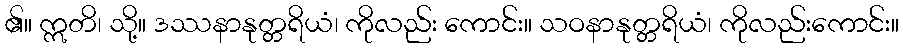
၏။ ဣတိ၊ သို့။ ဒဿနာနုတ္တရိယံ၊ ကိုလည်း ကောင်း။ သဝနာနုတ္တရိယံ၊ ကိုလည်းကောင်း။